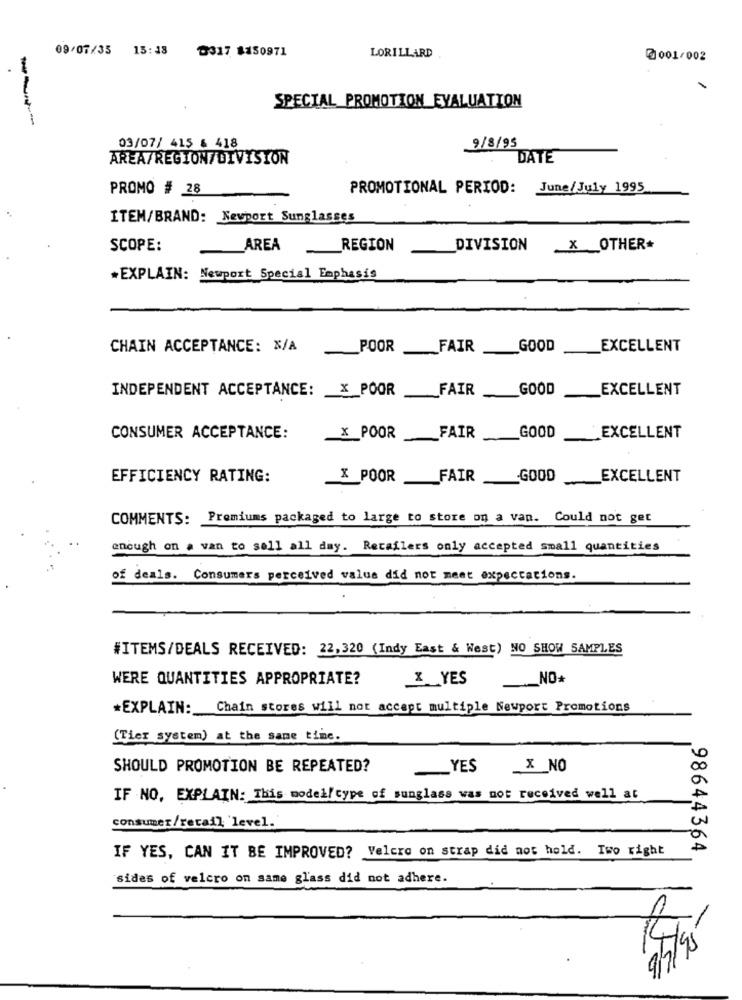
09/07/35 15:18
0317 8150971
LORILLARD
@001/002
SPECIAL PROMOTION EVALUATION
03/07/ 415 & 418
9/8/95
AREA/REGION/DIVISION
DATE
PROMO # 28
PROMOTIONAL PERIOD: June/July 1995
ITEM/BRAND: Newport Sunglasses
SCOPE:
AREA
REGION
DIVISION
X OTHER
*EXPLAIN: Newport Special Emphasis
CHAIN ACCEPTANCE: N/A
__ POOR
FAIR
GOOD
EXCELLENT
INDEPENDENT ACCEPTANCE: _ X_POOR
FAIR
EXCELLENT
-
GOOD
CONSUMER ACCEPTANCE:
X POOR FAIR __ GOOD
EXCELLENT
EFFICIENCY RATING:
X POOR FAIR GOOD
EXCELLENT
COMMENTS: Premiums packaged to large to store on a van. Could not get
enough on a van to sell all day. Retailers only accepted small quantities
of deals. Consumers perceived value did not meet expectations.
#ITEMS/DEALS RECEIVED: 22,320 (Indy East & West) NO SHOW SAMPLES
WERE QUANTITIES APPROPRIATE?
X YES
NO*
*EXPLAIN: Chain stores will not accept multiple Newport Promotions
(Tier system) at the same time.
SHOULD PROMOTION BE REPEATED?
YES
_X_NO
IF NO, EXPLAIN: This model/ type of sunglass was not received well at
consumer/retail level.
IF YES, CAN IT BE IMPROVED? Velcro on strap did not hold. Iwo right
98644364
sides of velcro on same glass did not adhere.
9/7/98